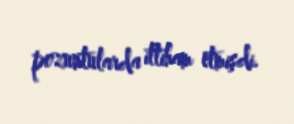
pozuntularda ittiham etmişdi.